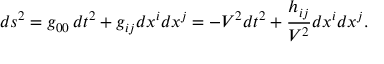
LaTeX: d s \sp 2 = g _ { 0 0 } \, d t \sp 2 + g _ { i j } d x \sp { i } d x \sp { j } = - V \sp 2 d t \sp 2 + \frac { h _ { i j } } { V \sp 2 } d x \sp { i } d x \sp { j } .